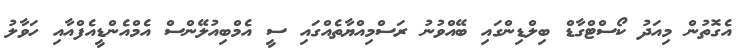
އެގޮތުން މިއަދު ކޯސްޓްގާޑް ބިލްޑިންްގައި ބޭއްވުނު ރަސްމިއްޔާތެއްގައި ސީ އެމްބިއުލޭންސް އެމްއެންޑީއެފްއާއި ހަވާލު